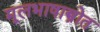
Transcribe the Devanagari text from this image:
मूलभाषास्त्रोत